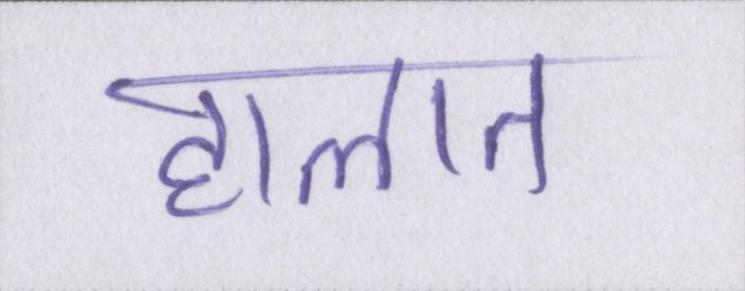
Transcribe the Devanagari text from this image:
हालात